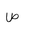
Letter: _sad